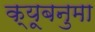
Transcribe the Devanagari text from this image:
क्यूबनुमा